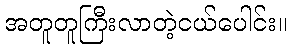
အတူတူကြီးလာတဲ့ငယ်ပေါင်း။